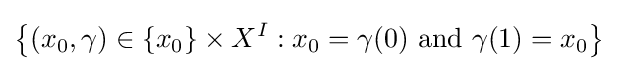
\left\{(x_{0},\gamma )\in \{x_{0}\}\times X^{I}:x_{0}=\gamma (0){\text{ and }}\gamma (1)=x_{0}\right\}